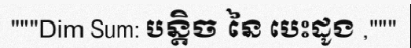
"""Dim Sum: បន្តិច នៃ បេះដូង ,"""